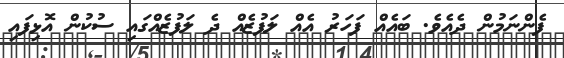
ފެންނަމުން ދެއެވެ. ބައެއް ފަހަރު އެއް ލަފުޒެއް ދެ ލަފުޒެއްގައި ސުކުން އޮޅިފައި